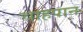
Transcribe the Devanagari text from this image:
चाहपान